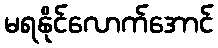
မရနိုင်လောက်အောင်